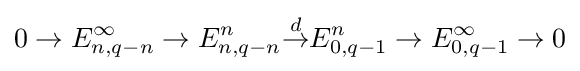
0\to E_{n,q-n}^{\infty }\to E_{n,q-n}^{n}{\overset {d}{\to }}E_{0,q-1}^{n}\to E_{0,q-1}^{\infty }\to 0